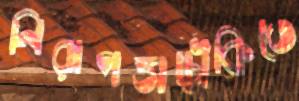
নিরাপত্তাচৌকিতে